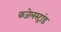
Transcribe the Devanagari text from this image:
कजेलस्ट्रांड